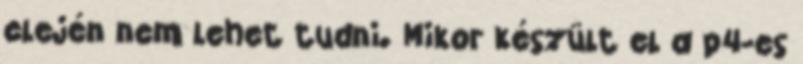
elején nem lehet tudni. Mikor készült el a p4-es